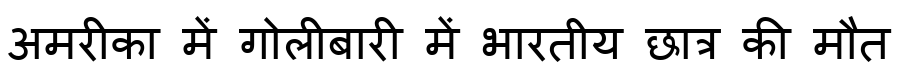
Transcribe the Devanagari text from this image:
अमरीका में गोलीबारी में भारतीय छात्र की मौत